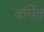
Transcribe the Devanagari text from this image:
वर्घित